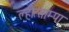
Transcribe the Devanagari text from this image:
ल्होत्साम्पा